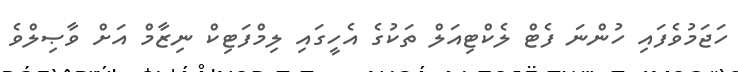
ހަޖަމުވެފައި ހުންނަ ފެޓް ލެކްޓިއަލް ތަކުގެ އެހީގައި ލިމްފަޓިކް ނިޒާމް އަށް ވާޞިލްވެ